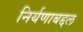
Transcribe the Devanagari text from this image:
निर्यणाबद्दल